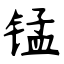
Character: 锰